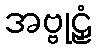
အဗ္ဗုဠှံ